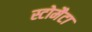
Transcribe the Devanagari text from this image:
स्टोमैटा